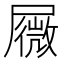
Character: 𰎆